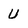
Character: U